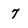
Character: 7